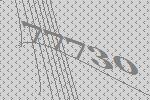
77730